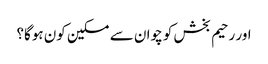
اور رحیم بخش کو چوان سے مسکین کون ہوگا؟